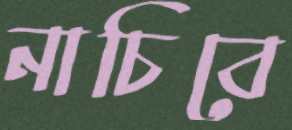
নাচিবে